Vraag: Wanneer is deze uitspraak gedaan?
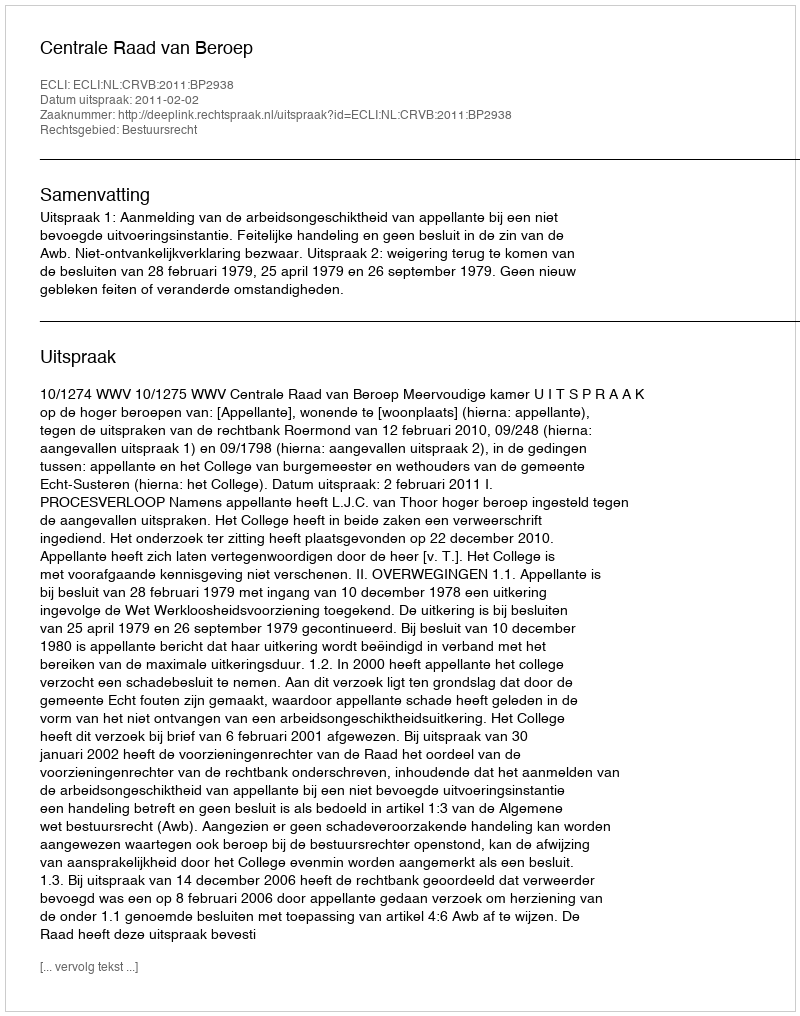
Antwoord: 2011-02-02